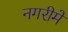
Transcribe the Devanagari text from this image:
नगरीमें